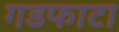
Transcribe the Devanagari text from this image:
गडफाटा